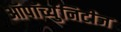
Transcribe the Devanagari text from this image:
ऑपॉर्च्युनिटीज